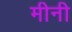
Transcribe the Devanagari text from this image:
मीनी